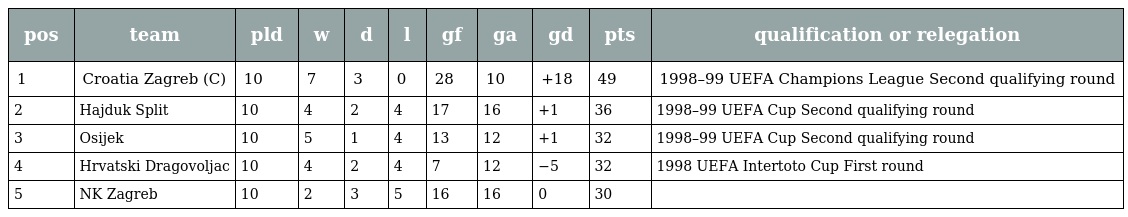
| pos | team | pld | w | d | l | gf | ga | gd | pts | qualification or relegation |
 | --- | --- | --- | --- | --- | --- | --- | --- | --- | --- | --- |
 | 1 | Croatia Zagreb (C) | 10 | 7 | 3 | 0 | 28 | 10 | +18 | 49 | 1998–99 UEFA Champions League Second qualifying round |
 | 2 | Hajduk Split | 10 | 4 | 2 | 4 | 17 | 16 | +1 | 36 | 1998–99 UEFA Cup Second qualifying round |
 | 3 | Osijek | 10 | 5 | 1 | 4 | 13 | 12 | +1 | 32 | 1998–99 UEFA Cup Second qualifying round |
 | 4 | Hrvatski Dragovoljac | 10 | 4 | 2 | 4 | 7 | 12 | −5 | 32 | 1998 UEFA Intertoto Cup First round |
 | 5 | NK Zagreb | 10 | 2 | 3 | 5 | 16 | 16 | 0 | 30 |  |